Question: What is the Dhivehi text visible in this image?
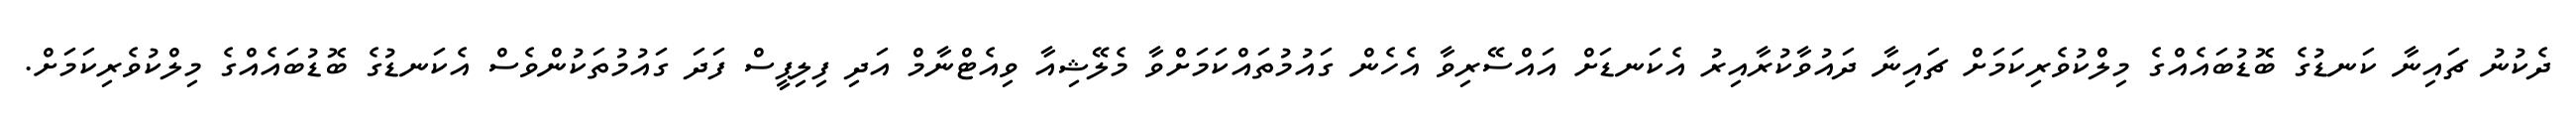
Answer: ދެކުނު ޗައިނާ ކަނޑުގެ ބޮޑުބައެއްގެ މިލްކުވެރިކަމަށް ޗައިނާ ދައުވާކުރާއިރު އެކަނޑަށް އައްސޭރިވާ އެހެން ގައުމުތައްކަމަށްވާ މެލޭޝިއާ ވިއެޓްނާމް އަދި ފިލިޕީސް ފަދަ ގައުމުތަކުންވެސް އެކަނޑުގެ ބޮޑުބައެއްގެ މިލްކުވެރިކަމަށް.